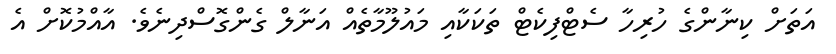
އަތަށް ކިނާންގެ ހުރިހާ ސެޓްފިކެޓް ތަކަކާއި މައުލޫމާތެއް އަނާލް ގެންގޮސްދިނެވެ. އާއްމުކޮށް އެ